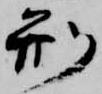
刑